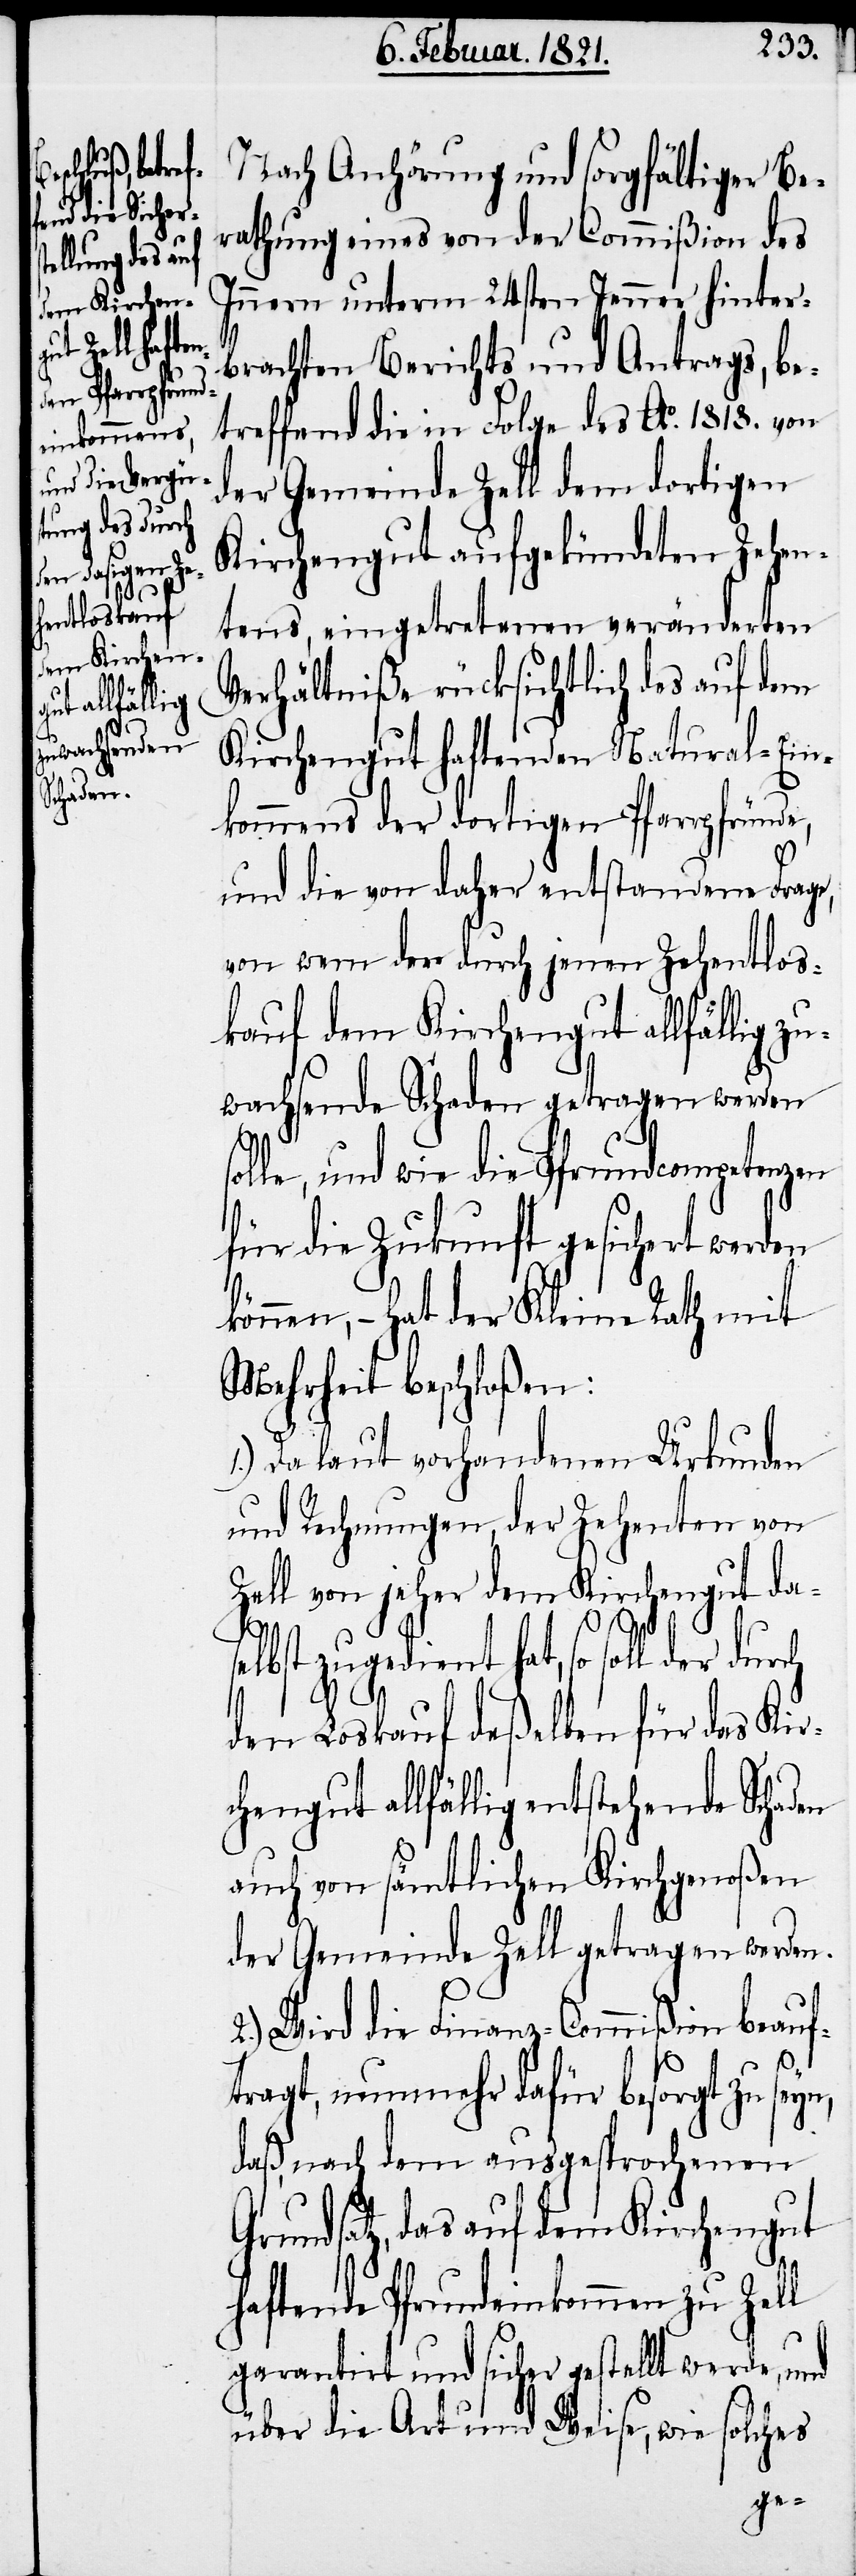
sol¬

Nach Anhörung und sorgfältiger Be¬
rathung eines von der Commißion des
Innern unterm 24sten Jenner hinter¬
brachten Berichts und Antrags, be¬
treffend die in Folge des Ao. 1818. von
der Gemeinde Zell dem dortigen
Kirchengut aufgekündeten Zehen¬
tens, eingetretenen veränderten
Verhältniße rücksichtlich des auf dem
Kirchengut haftenden Natural-Ein¬
kommens der dortigen Pfarrpfründe,
und die von daher entstandene Frage,
von wem der durch jenen Zehentlos¬
kauf dem Kirchengut allfällig zu¬
wachsende Schaden getragen werden
le, und wie die Pfrundcompetenzen
für die Zukunft gesichert werden
können, – hat der Kleine Rath mit
Mehrheit beschloßen:
1.) Da laut vorhandenen Urkunden
und Rechnungen, der Zehenten von
Zell von jeher dem Kirchengut das¬
elbst zugedient hat, so soll der
den Loskauf deßelben für das Kir¬
chengut allfällig entstehende Schaden
auch von sämtlichen Kirchgenoßen
der Gemeinde Zell getragen werden.
2.) Wird die Finanz-Commißion beauf¬
tragt, nunmehr dafür besorgt zu seyn,
daß, nach dem ausgesprochenen
Grundsatz, das auf dem Kirchengut
haftende Pfrundeinkommen zu Zell
garantirt und sicher gestellt werde, und
über die Art und Weise, wie solches